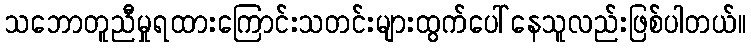
သဘောတူညီမှုရထားကြောင်းသတင်းများထွက်ပေါ်နေသူလည်းဖြစ်ပါတယ်။